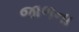
જાળના